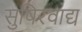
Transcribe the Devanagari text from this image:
सुषिरवाद्य